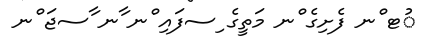
ުޓ ްނ ފެށިގެ ްނ މަތީގެ ިސފައި ްނ ާނ ާސޖަ ްނ